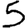
Digit: 5